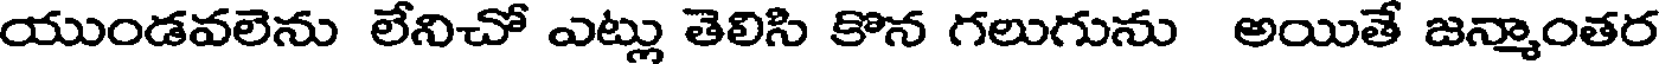
యుండవలెను లేనిచో ఎట్లు తెలిసి కొన గలుగును అయితే జన్మాంతర